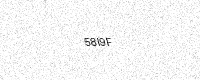
Text: 58I9F